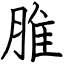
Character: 脽